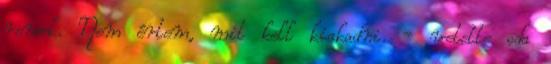
remek. Nem értem, mit kell kiakadni. - vetette oda